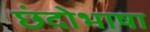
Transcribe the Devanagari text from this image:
छंदोभाषा